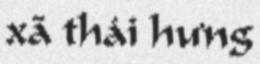
xã thái hưng